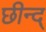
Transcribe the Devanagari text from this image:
छीन्द्